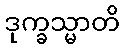
ဒုက္ခသ္မာတိ